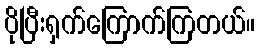
ပိုပြီးရှက်ကြောက်ကြတယ်။